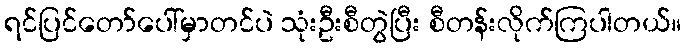
ရင်ပြင်တော်ပေါ်မှာတင်ပဲ သုံးဦးစီတွဲပြီး စီတန်းလိုက်ကြပါတယ်။